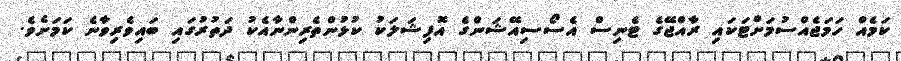
ކަމެއް ހަމަޖެއްސުމަށްޓަކައި ރާއްޖޭގެ ޓެނިސް އެސޯސިއޭޝަންގެ އޮފިޝަލަކު ކުޅުންތެރިންނާއެކު ދަތުރުގައި ބައިވެރިވާނެ ކަމަށެވެ.